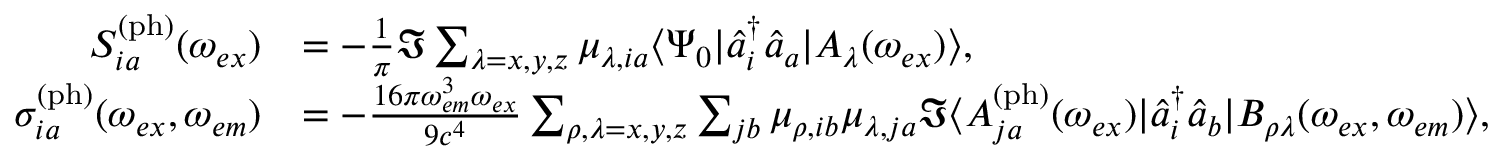
\begin{array} { r l } { S _ { i a } ^ { \mathrm { ( p h ) } } ( \omega _ { e x } ) } & { = - \frac { 1 } { \pi } \Im \sum _ { \lambda = x , y , z } \mu _ { \lambda , i a } \langle \Psi _ { 0 } | \hat { a } _ { i } ^ { \dagger } \hat { a } _ { a } | A _ { \lambda } ( \omega _ { e x } ) \rangle , } \\ { \sigma _ { i a } ^ { \mathrm { ( p h ) } } ( \omega _ { e x } , \omega _ { e m } ) } & { = - \frac { 1 6 \pi \omega _ { e m } ^ { 3 } \omega _ { e x } } { 9 c ^ { 4 } } \sum _ { \rho , \lambda = x , y , z } \sum _ { j b } \mu _ { \rho , i b } \mu _ { \lambda , j a } \Im \langle A _ { j a } ^ { \mathrm { ( p h ) } } ( \omega _ { e x } ) | \hat { a } _ { i } ^ { \dagger } \hat { a } _ { b } | B _ { \rho \lambda } ( \omega _ { e x } , \omega _ { e m } ) \rangle , } \end{array}